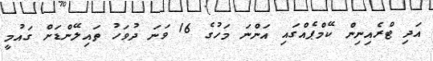
އަދި ޓްރެއިނިން ކޭމްޕެއްގައި އަންނަ މަހުގެ 16 ވަނަ ދުވަހު ތައިލޭންޑަށް ގައުމީ